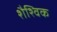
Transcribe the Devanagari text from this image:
शैश्विक